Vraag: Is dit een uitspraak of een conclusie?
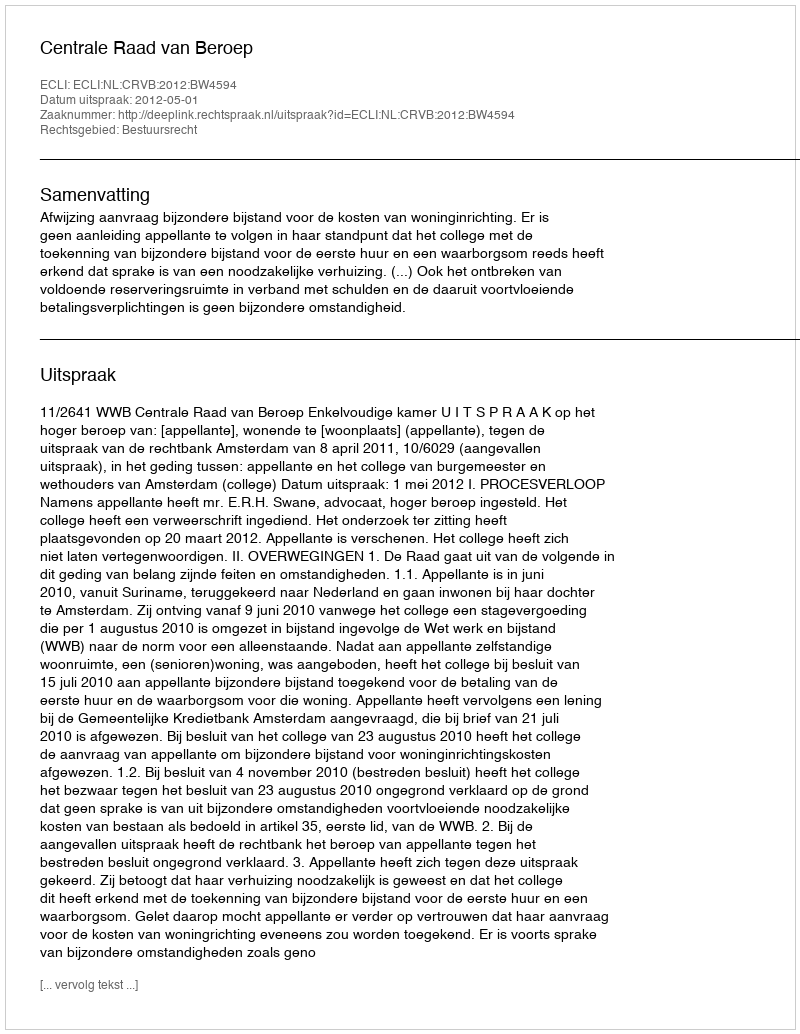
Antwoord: Uitspraak